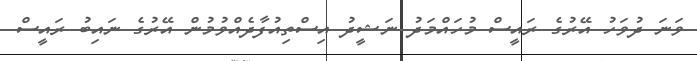
ވަނަ ދުވަހު އޭރުގެ ރައީސް މުހައްމަދު ނަޝީދު އިސްތިއުފާދެއްވުމުން އޭރުގެ ނައިބު ރައީސް